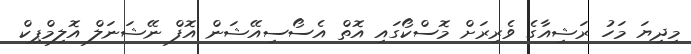
މިދިޔަ މަހު ރަޝިއާގެ ވެރިރަށް މޮސްކޯގައި އޮތް އެސޯސިއޭޝަން އޮފް ނޭޝަނަލް އޮލިމްޕިކް